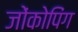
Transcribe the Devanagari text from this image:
जोंकोपिंग